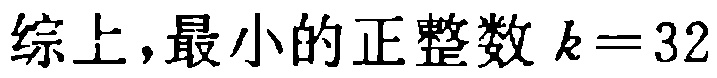
综上，最小的正整数 \(k = 32\) 对应的LATEX格式为：综上，最小的正整数 \(k = 32\) （注：原内容本身较接近标准表达，无需特殊转换）